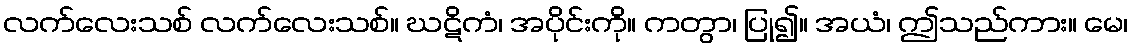
လက်လေးသစ် လက်လေးသစ်။ ဃဋိကံ၊ အပိုင်းကို။ ကတွာ၊ ပြု၍။ အယံ၊ ဤသည်ကား။ မေ၊